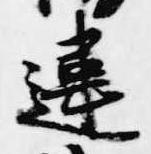
遺